Scientific memoirs by medical officers of the Army of India - Part VII,
Year: 1892
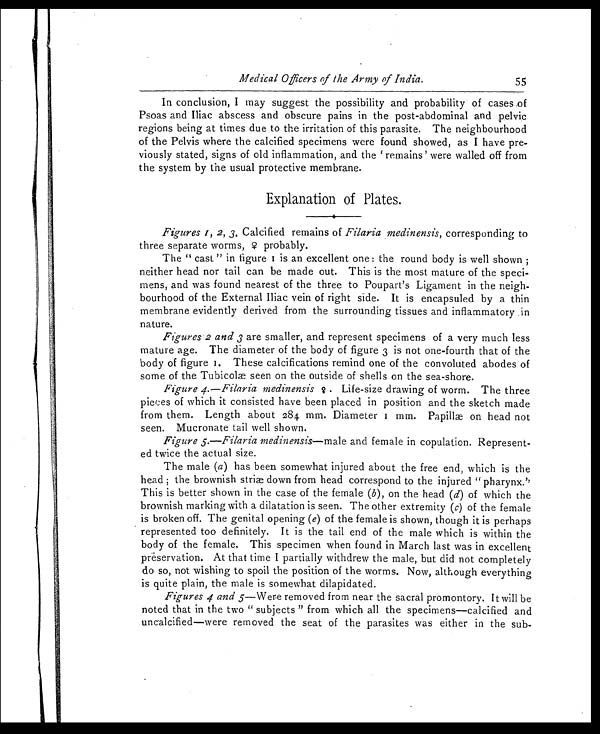
Medical Officers of the Army of India.
55
In conclusion, I may suggest the possibility and probability of cases of
Psoas and Iliac abscess and obscure pains in the post-abdominal and pelvic
regions being at times due to the irritation of this parasite. The neighbourhood
of the Pelvis where the calcified specimens were found showed, as I have pre-
viously stated, signs of old inflammation, and the ' remains' were walled off from
the system by the usual protective membrane.
Explanation of Plates.
Figures 1, 2, 3. Calcified remains of Filaria medinensis, corresponding to
three separate worms, 9 probably.
The " cast . " i n f i gur e 1 i s an excel l ent one : t he r ound body i s wel l shown ;
neither head nor tail can be made out. This is the most mature of the speci-
mens, and was found nearest of the three to Poupart's Ligament in the neigh-
bourhood of the External Iliac vein of right side. It is encapsuled by a thin
membrane evidently derived from the surrounding tissues and inflammatory .in
nature.
Figures 2 and 3 are smaller, and represent specimens of a very much less
mature age. The diameter of the body of figure 3 is not one-fourth that of the
body of figure 1. These calcifications remind one of the convoluted abodes of
some of the Tubicolæ seen on the outside of shells on the sea-shore.
Figure 4.—Filaria medinensis ♀ . Life-size drawing of worm. The three
pieces of which it consisted have been placed in position and the sketch made
from them. Length about 284. mm. Diameter 1 mm. Papillæ on head not
seen. Mucronate tail well shown.
Figure 5. —Filaria medinensis —male and female in copulation. Represent-
ed twice the actual size.
The male ( a ) has been somewhat injured about the free end, which is the
head ; the brownish strip down from head correspond to the injured " pharynx!'
This is better shown in the case of the female ( b), on the head (d) of which the
brownish marking with a dilatation is seen. The other extremity ( c) of the female
is broken off. The genital opening ( e) of the female is shown, though it is perhaps
represented too definitely. It is the tail end of the male which is within the
body of the female. This specimen when found in March last was in excellent
preservation. At that time I partially withdrew the male, but did not completely
do so, not wishing to spoil the position of the worms. Now, although everything
is quite plain, the male is somewhat dilapidated.
Figures 4 and 5—Were removed from near the sacral promontory. It will be
noted that in the two " subjects " from which all the specimens—calcified and
unc-alcified—were removed the seat of the parasites was either in the sub-